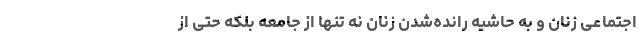
اجتماعی زنان و به حاشیه رانده‌شدن زنان نه تنها از جامعه بلکه حتی از